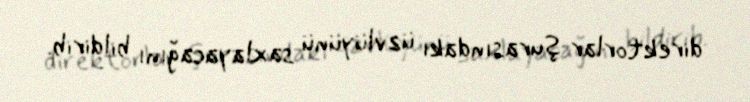
direktorlar şurasındakı üzvlüyünü saxlayacağını bildirib.